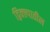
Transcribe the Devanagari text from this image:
द्विक्ल्पातील